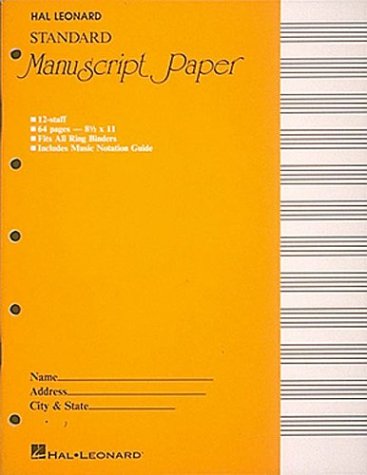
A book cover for Standard Manuscript Paper ( Yellow Cover); Arts & Photography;